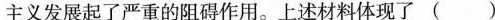
主义发展起了严重的阻碍作用。上述材料体现了( )